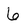
Character: 6